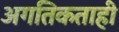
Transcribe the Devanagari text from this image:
अगतिकताही